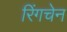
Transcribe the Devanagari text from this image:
रिंगचेन